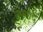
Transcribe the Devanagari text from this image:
तस्माद